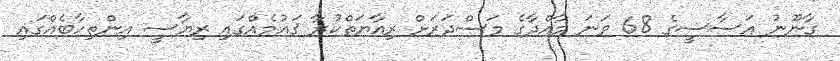
ޤާނޫނު އަސާސީގެ 68 ވަނަ މާއްދާގެ މަސްދަރަށް ރިއާޔަތްކުރާ ޤައުމެއްގައި ރިޔާސީ އިންތިހާބެއްގައި